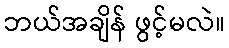
ဘယ်အချိန် ဖွင့်မလဲ။